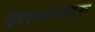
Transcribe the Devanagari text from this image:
इलम्मागारू